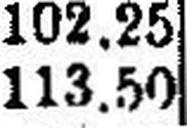
113.50